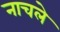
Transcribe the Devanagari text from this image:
नाचले